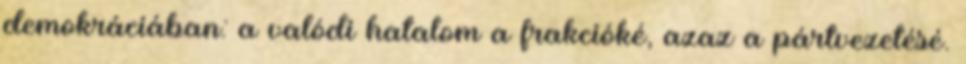
demokráciában: a valódi hatalom a frakcióké, azaz a pártvezetésé.